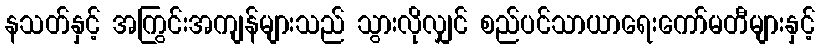
နသတ်နှင့် အကြွင်းအကျန်များသည် သွားလိုလျှင် စည်ပင်သာယာရေးကော်မတီများနှင့်